Report on vaccination in Madras 1895-1903 - 1895-1903
Year: 1895
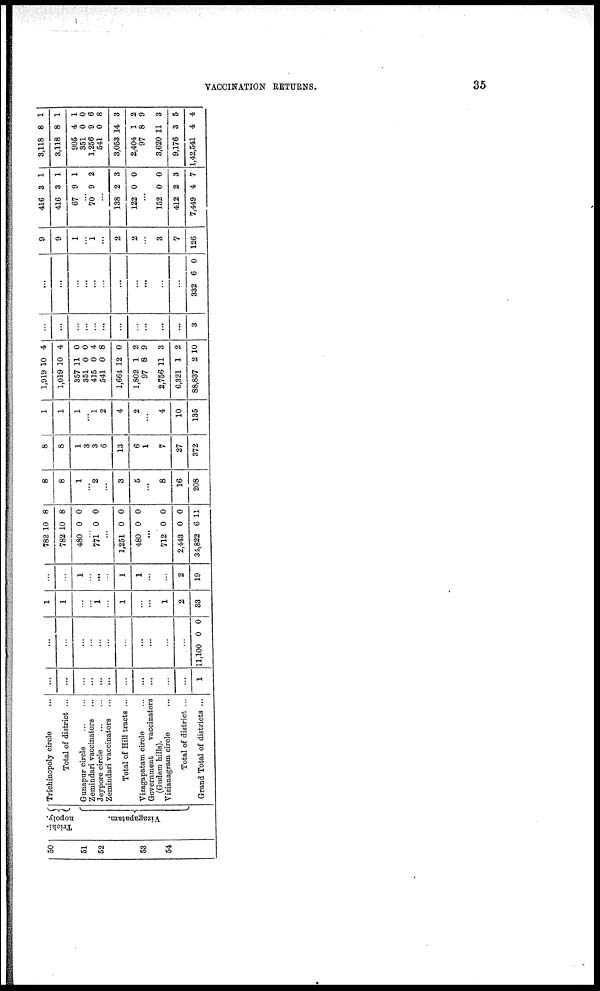
VACCINATION RETURNS.
35
50
51
52
53
54
Trichi-
nopoly.
Vizagapatam.
Trichinopoly circle ...
Total of district ...
Gunapur circle
...
...
Zemindari vaccinators ...
Jeypore circle
...
...
Zemindari vaccinators ...
Total of Hill tracts ...
Vizagapatam circle ...
Government
vaccinators
(Gudem hills).
Vizianagram circle ...
Total of district ...
Grand Total of districts ...
...
...
...
...
...
...
...
...
...
...
...
1
...
...
...
...
...
...
...
...
...
...
...
11,100 0 0
1
1
...
...
1
...
1
...
...
1
2
33
...
...
1
...
...
...
1
1
...
...
2
19
782
782
480
10
10
0
8
8
0
...
771 0 0
...
1,251
480
0
0
0
0
...
712
2,443
34,822
0
0
6
0
0
11
8
8
1
...
2
...
3
5
...
8
16
208
8
8
1
3
3
6
13
6
1
7
27
372
1
1
1
...
1
2
4
2
...
4
10
135
1,919
1,019
357
351
415
541
1,664
1,802
97
2,756
6,321
88,837
10
10
11
0
0
0
12
1
8
11
1
2
4
4
0
0
4
8
0
2
9
3
2
10
...
...
...
...
...
...
...
...
...
...
...
3
...
...
...
...
...
...
...
...
...
...
...
332 6 0
9
9
1
...
1
...
2
2
...
3
7
126
416
416
67
3
3
9
1
1
1
...
70 9 2
...
138
122
2
0
3
0
...
152
412
7,449
0
2
4
0
3
7
3,118
3,118
905
351
1,256
541
3,053
2,404
97
3,620
9,176
1,42,541
8
8
4
0
9
0
14
1
8
11
3
4
1
1
1
0
6
8
3
2
9
3
5
4